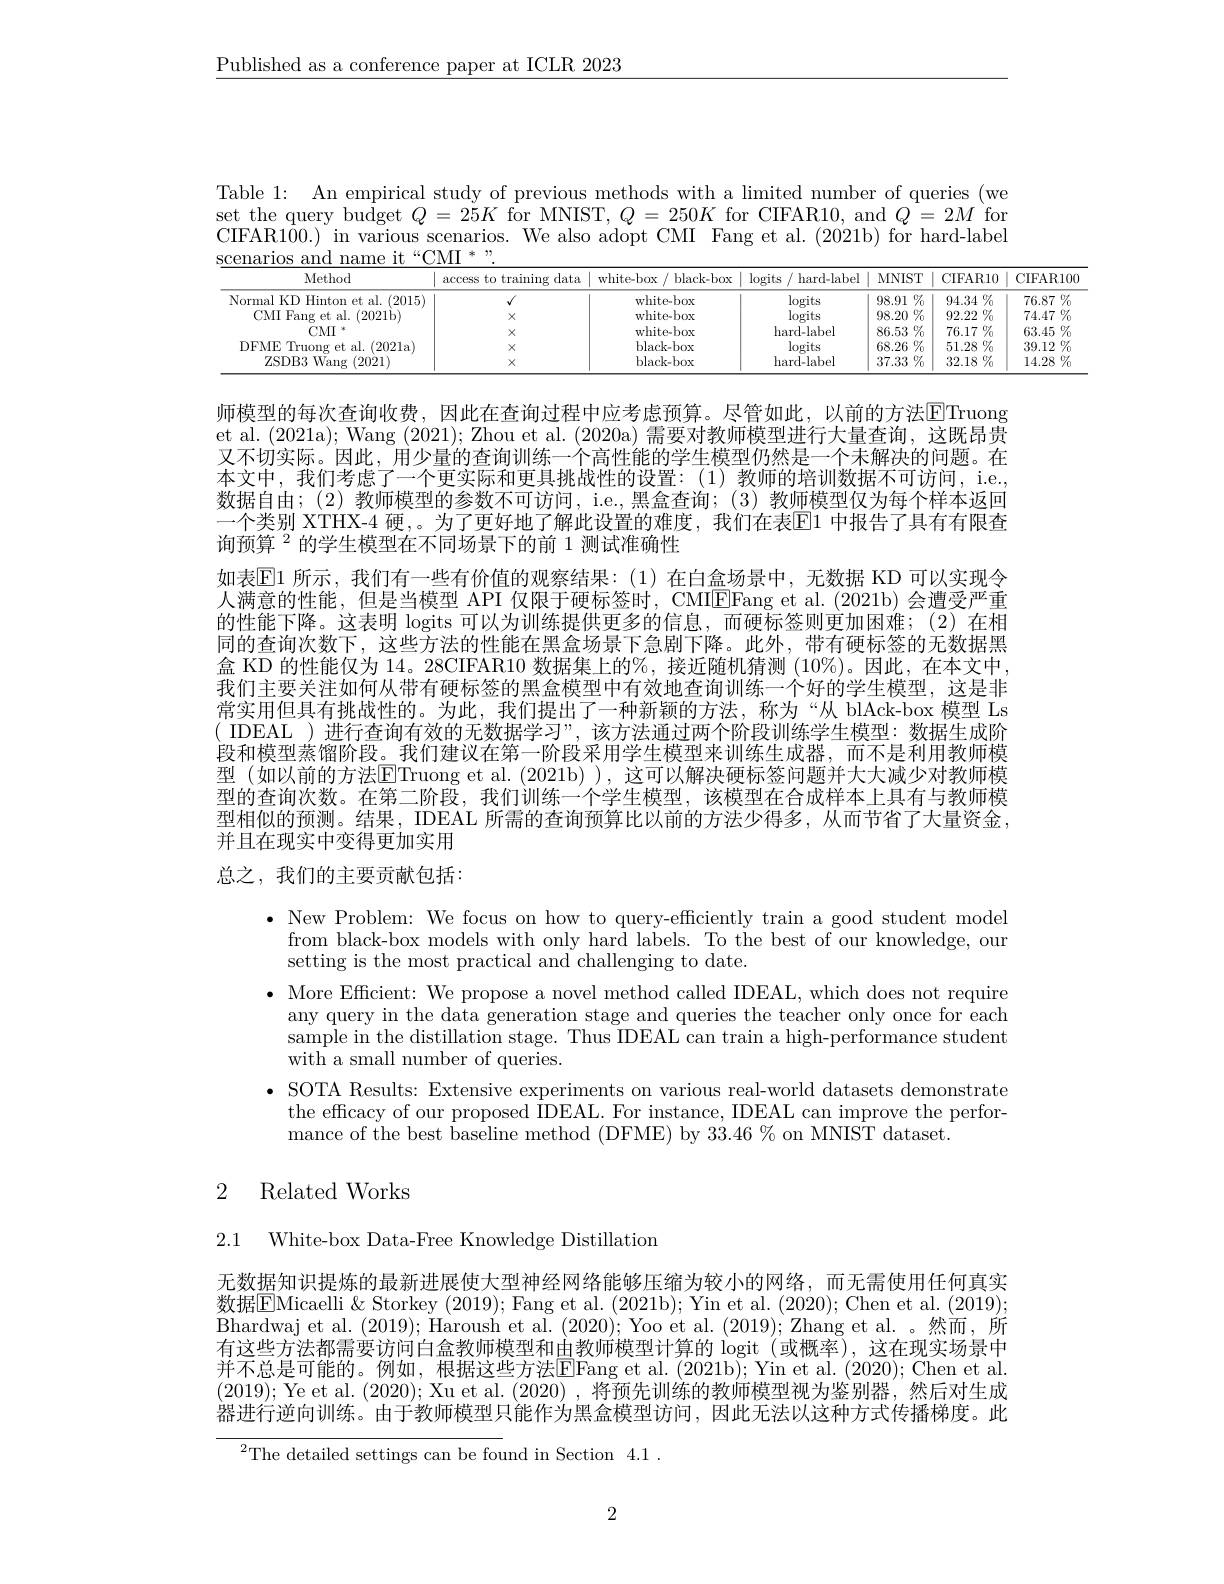
$\underline{\text{Published as a conference paper at ICLR 2023}}$

Table 1: An empirical study of previous methods with a limited number of queries (we set the query budget $Q=25K$ for MNIST, $Q=250K$ for CIFAR10, and $Q=2M$ for CIFAR100.) in various scenarios. We also adopt CMI Fang et al.(2021b) for hard-label scenarios and name it “CMI * ".

CIFAR100 $76.87\%$ $74.47\%$
<table>
	<tbody>
		<tr>
			<th>Method</th>
			<th>access to training data</th>
			<th>white- box/ black-box</th>
			<th>$\log$its 11 hard-label</th>
			<th>MNIST</th>
			<th>CIFAR10</th>
			<th>(</th>
		</tr>
		<tr>
			<td>Normal KD Hinton et al. (2015)</td>
			<td> </td>
			<td>white-box</td>
			<td>$\log$its</td>
			<td>$\%$ 98.91 T</td>
			<td>$94.34\%$</td>
			<td> </td>
		</tr>
		<tr>
			<td>CMI Fang et al. (2021b)</td>
			<td>$X$</td>
			<td>white- box</td>
			<td>$\log$its</td>
			<td>$98.20\%$</td>
			<td>$2\%$ 92.22</td>
			<td> </td>
		</tr>
		<tr>
			<td>$CMI$</td>
			<td>$X$</td>
			<td>white- box</td>
			<td>hard-label</td>
			<td>$86.53\%$</td>
			<td>$76.17\%$</td>
			<td> </td>
		</tr>
		<tr>
			<td>DFME $\Sigma$ Truong et al. . (2021a)</td>
			<td>$X$</td>
			<td>black- box</td>
			<td>$\log$its</td>
			<td>$68.26\%$</td>
			<td>$51.28\%$</td>
			<td> </td>
		</tr>
		<tr>
			<td>ZSDB3 3Wang (2021)</td>
			<td>$X$</td>
			<td>$black-box$</td>
			<td>hard-label</td>
			<td>37.33 $\%$</td>
			<td>$32.18\%$</td>
			<td> </td>
		</tr>
	</tbody>
</table>
$63.45%39.12%14.28%$

师模型的每次查询收费，因此在查询过程中应考虑预算。尽管如此，以前的方法$\overline{\mathrm{E}}$Truong et al. (2021a); Wang (2021); Zhou et al. (2020a) 需要对教师模型进行大量查询，这既昂贵又不切实际。因此，用少量的查询训练一个高性能的学生模型仍然是一个未解决的问题。在本文中，我们考虑了一个更实际和更具挑战性的设置：(1)教师的培训数据不可访问，ie., 数据自由；(2) 教师模型的参数不可访问，i.e.,黑盒查询；(3) 教师模型仅为每个样本返回一个类别 XTHX-4 硬，。为了更好地了解此设置的难度，我们在表$\mathbb{E}1$ 中报告了具有有限查询预算$^{2}$的学生模型在不同场景下的前 1 测试准确性
如表$\mathbb{E}$1 所示，我们有一些有价值的观察结果：(1)在白盒场景中，无数据 KD 可以实现令人满意的性能，但是当模型 API 仅限于硬标签时，CMIEFang et al. (2021b) 会遭受严重的性能下降。这表明 logits 可以为训练提供更多的信息，而硬标签则更加困难；(2)在相同的查询次数下，这些方法的性能在黑盒场景下急剧下降。此外，带有硬标签的无数据黑盒 KD 的性能仅为 14。28CIFAR10 数据集上的%, 接近随机猜测 (10%)。因此，在本文中， 我们主要关注如何从带有硬标签的黑盒模型中有效地查询训练一个好的学生模型，这是非常实用但具有挑战性的。为此，我们提出了一种新颖的方法，称为“从 blAck-box 模型 Ls $(\begin{array}{cc}\mathrm{IDEAL}\end{array})$进行查询有效的无数据学习”,该方法通过两个阶段训练学生模型：数据生成阶段和模型蒸馏阶段。我们建议在第一阶段采用学生模型来训练生成器，而不是利用教师模型(如以前的方法$\overline{\mathrm{E}}$Truong et al.(2021b)),这可以解决硬标签问题并大大减少对教师模型的查询次数。在第二阶段，我们训练一个学生模型，该模型在合成样本上具有与教师模型相似的预测。结果，IDEAL 所需的查询预算比以前的方法少得多，从而节省了大量资金， 并且在现实中变得更加实用总之，我们的主要贡献包括：

· New Problem: We focus on how to query-efficiently train a good student model
from black-box models with only hard labels. To the best of our knowledge, our
setting is the most practical and challenging to date.
$\bullet$ More Efficient: We propose a novel method called IDEAL, which does not require
any query in the data generation stage and queries the teacher only once for each sample in the distillation stage. Thus IDEAL can train a high-performance student with a small number of queries.
· SOTA Results: Extensive experiments on various real-world datasets demonstrate
the efficacy of our proposed IDEAL. For instance, IDEAL can improve the perfor-
mance of the best baseline method (DFME) by 33.46 % on MNIST dataset.

## 2 Related Works

2.1 White-box Data-Free Knowledge Distillation

无数据知识提炼的最新进展使大型神经网络能够压缩为较小的网络，而无需使用任何真实数据EMicaelli & Storkey (2019); Fang et al. (2021b); Yin et al. (2020); Chen et al. (2019); Bhardwaj et al. (2019); Haroush et al. (2020); Yoo et al. (2019); Zhang et al. 。然而，所有这些方法都需要访问白盒教师模型和由教师模型计算的 logit (或概率),这在现实场景中并不总是可能的。例如，根据这些方法$\overline{\mathrm{E}}$Fang et al.(2021b);Yin et al.(2020); Chen et al. (2019); Ye et al. (2020); Xu et al. (2020),将预先训练的教师模型视为鉴别器，然后对生成器进行逆向训练。由于教师模型只能作为黑盒模型访问，因此无法以这种方式传播梯度。此

$^{2}$The detailed settings can be found in Section 4.1.

2